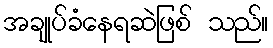
အချုပ်ခံနေရဆဲဖြစ် သည်။